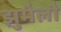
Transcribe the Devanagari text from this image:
झुमैलौ